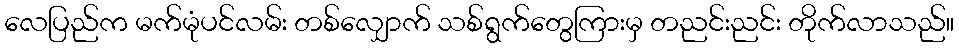
လေပြည်က မက်မုံပင်လမ်း တစ်လျှောက် သစ်ရွက်တွေကြားမှ တညင်းညင်း တိုက်လာသည်။